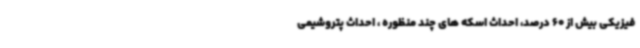
فیزیکی بیش از 60 درصد، احداث اسکه های چند منظوره ، احداث پتروشیمی